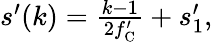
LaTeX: \begin{array}{r}{s^{\prime}(k)=\frac{k-1}{2f_{\mathrm{C}}^{\prime}}+s_{1}^{\prime},}\end{array}